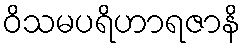
ဝိသမပရိဟာရဇာနိ